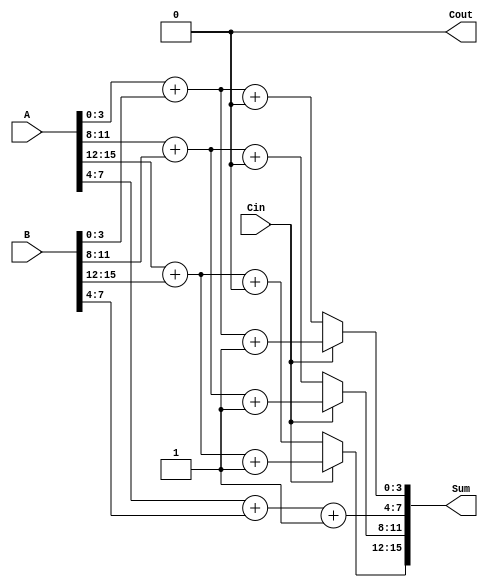
module CarrySelectAdder (
    input [15:0] A,       // 16-bit input A
    input [15:0] B,       // 16-bit input B
    input Cin,            // Carry input
    output reg [15:0] Sum, // 16-bit Sum output
    output reg Cout       // Carry output
);

    wire [3:0] S0 [3:0]; // Partial sums assuming Cin = 0
    wire [3:0] S1 [3:0]; // Partial sums assuming Cin = 1
    wire C0 [3:0];       // Carry out assuming Cin = 0
    wire C1 [3:0];       // Carry out assuming Cin = 1

    // 4-bit adder function
    function [3:0] four_bit_adder;
        input [3:0] X;
        input [3:0] Y;
        input Cin;
        begin
            {four_bit_adder[3], four_bit_adder[2], four_bit_adder[1], four_bit_adder[0]} = X + Y + Cin;
        end
    endfunction

    // Compute partial sums and carries assuming Cin = 0
    assign {C0[0], S0[0]} = four_bit_adder(A[3:0], B[3:0], 1'b0);
    assign {C0[1], S0[1]} = four_bit_adder(A[7:4], B[7:4], 1'b0);
    assign {C0[2], S0[2]} = four_bit_adder(A[11:8], B[11:8], 1'b0);
    assign {C0[3], S0[3]} = four_bit_adder(A[15:12], B[15:12], 1'b0);

    // Compute partial sums and carries assuming Cin = 1
    assign {C1[0], S1[0]} = four_bit_adder(A[3:0], B[3:0], 1'b1);
    assign {C1[1], S1[1]} = four_bit_adder(A[7:4], B[7:4], 1'b1);
    assign {C1[2], S1[2]} = four_bit_adder(A[11:8], B[11:8], 1'b1);
    assign {C1[3], S1[3]} = four_bit_adder(A[15:12], B[15:12], 1'b1);

    wire C0_final, C1_final;

    // Select the final carry and sum using multiplexer
    assign C0_final = C0[0];
    assign C1_final = C1[0];

    always @(*) begin
        // Select sums based on the carry in
        Sum[3:0] = Cin ? S1[0] : S0[0];

        // Select carry based on the carry in
        if (Cin) begin
            if (C0[0]) begin
                Sum[7:4] = S0[1]; // Choose the sum assuming Cin = 0
                Cout = C1[1];     // Carry out from the next level depending on Cin
            end else begin
                Sum[7:4] = S1[1]; // Choose the sum assuming Cin = 1
                Cout = C1[1];     // Carry out from the next level depending on Cin
            end
        end else begin
            if (C0[0]) begin
                Sum[7:4] = S0[1]; // Choose the sum assuming Cin = 0
                Cout = C0[1];     // Carry out from the next level depending on Cin
            end else begin
                Sum[7:4] = S1[1]; // Choose the sum assuming Cin = 1
                Cout = C0[1];     // Carry out from the next level depending on Cin
            end
        end

        // Repeat the selection process for next segments
        Sum[11:8] = Cin ? S1[2] : S0[2];
        Sum[15:12] = Cin ? S1[3] : S0[3];
        Cout = Cin ? C1[3] : C0[3];
    end

endmodule